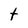
Character: t